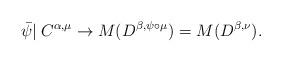
LaTeX: \begin{align*}\bar\psi|\:C^{\alpha,\mu}\to M(D^{\beta,\psi\circ\mu})=M(D^{\beta,\nu}).\end{align*}